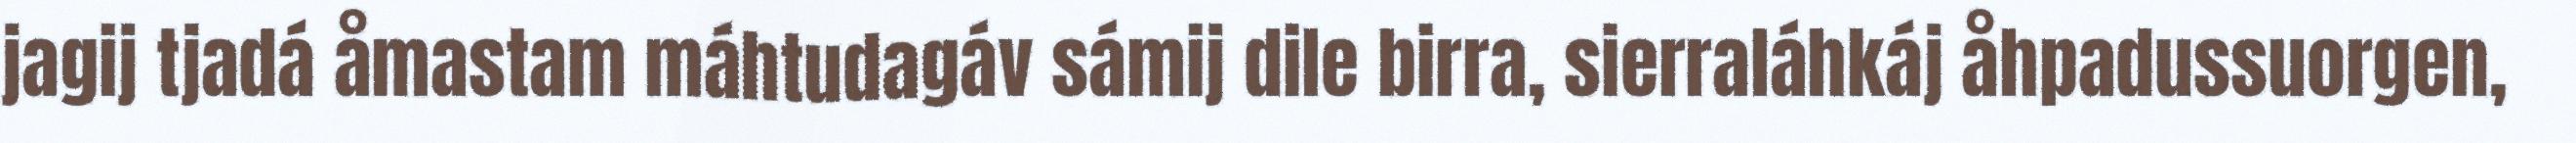
jagij tjadá åmastam máhtudagáv sámij dile birra, sierraláhkáj åhpadussuorgen,